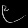
Digit: ၉